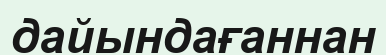
дайындағаннан